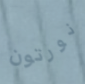
نورتون